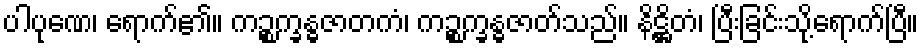
ပါပုဏေ၊ ရောက်၏။ ကဉ္စက္ခန္ဓဇာတကံ၊ ကဉ္စက္ခန္ဓဇာတ်သည်။ နိဋ္ဌိတံ၊ ပြီးခြင်းသို့ရောက်ပြီ။